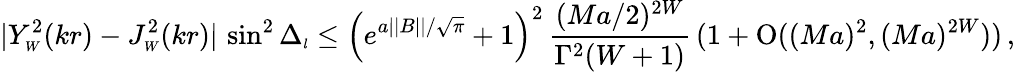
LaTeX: |Y_{\scriptscriptstyle{W}}^{2}(kr)-J_{\scriptscriptstyle{W}}^{2}(kr)|\, \sin^{2}\Delta_{\scriptscriptstyle{l}}\leq\left(e^{a||B||/\sqrt\pi}+1\right)^{2}\, \frac{(Ma/2)^{2W}}{\Gamma^{2}(W+1)}\, (1+\mathrm{O}((Ma)^{2},(Ma)^{2W}))\, ,